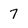
Character: 7